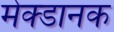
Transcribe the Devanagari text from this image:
मेक्डानक